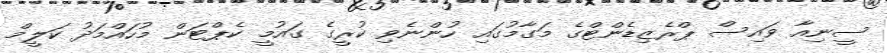
ސީނިއާ ވައިސް ޕްރެޒިޑެންޓްގެ މަގާމުގައި ހުންނެވި ކުރީގެ ގައުމީ ކެޕްޓަން މުހައްމަދު ކަލީމް